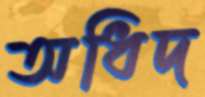
অধিদ